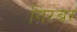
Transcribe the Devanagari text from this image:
ग़िरबर